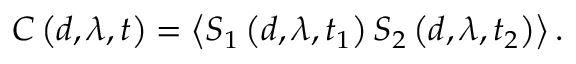
C \left( d , \lambda , t \right) = \left\langle S _ { 1 } \left( d , \lambda , t _ { 1 } \right) S _ { 2 } \left( d , \lambda , t _ { 2 } \right) \right\rangle .